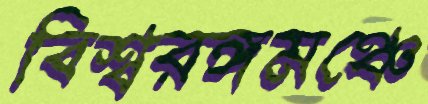
বিশ্বরঙ্গমঞ্চে